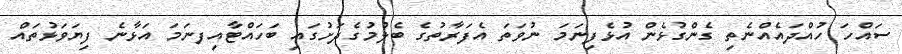
ސައްހަ ހުއްދައެއްނެތި ގެންގުޅެން އުޅެފިނަމަ ނުވަތަ އެފަރާތުގެ ބެލުމުގެދަށުގައި ބަހައްޓާއިފނަމަ އަޅާނެ ފިޔަވަޅުތައް